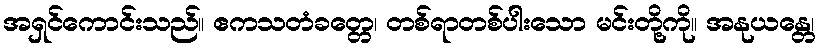
အရှင်ကောင်းသည်။ ဧကသတံခတ္တေ၊ တစ်ရာတစ်ပါးသော မင်းတို့ကို။ အနုယန္တေ၊